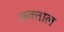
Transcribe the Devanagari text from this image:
अक्ताल